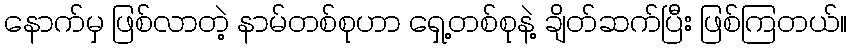
နောက်မှ ဖြစ်လာတဲ့ နာမ်တစ်စုဟာ ရှေ့တစ်စုနဲ့ ချိတ်ဆက်ပြီး ဖြစ်ကြတယ်။